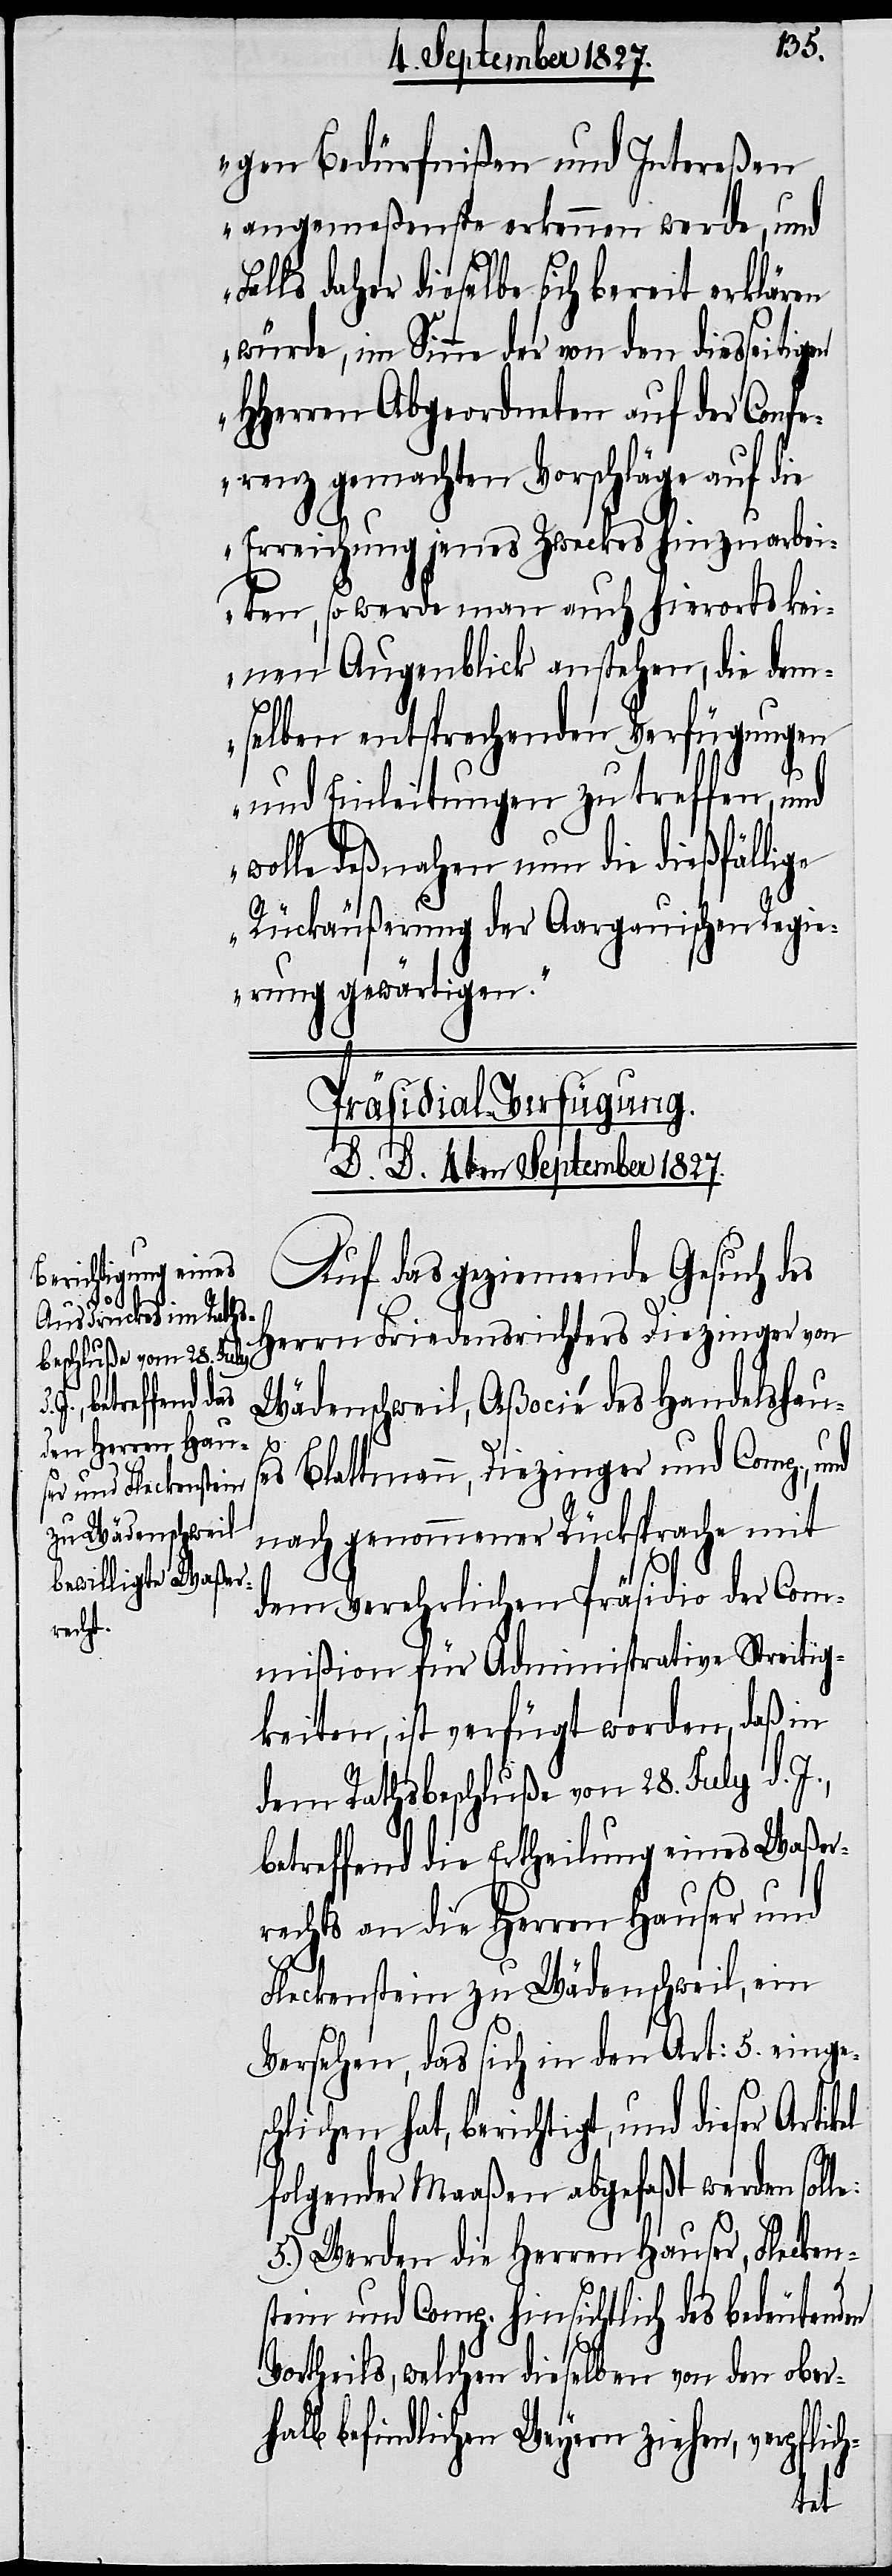
gen Bedürfnißen und Intereßen
angemeßenste erkennen werde, und
alls daher dieselbe sich bereit erklären
würde, im Sinne der von den diesseitigen
HHerren Abgeordneten auf der Confe¬
renz gemachten Vorschläge auf die
Erreichung jenes Zweckes hin zu arbei¬
ten, so werde man auch hierorts kei¬
nen Augenblick anstehen, die dem¬
selben entsprechenden Verfügungen
und Einleitungen zu treffen, und
wolle deßnahen nun die dießfällige
Rückäußerung der Aargauischen Regi¬
erung gewärtigen.
Präsidial-Verfügung.
D. D. 4ten September 1827.
Auf das geziemende Gesuch des
Herrn Friedensrichters Diezinger von
Wädenschweil, Aßocié des Handelshau¬
le:
ses Blattmann, Diezinger und Comp., und
nach genommener Rücksprache mit
dem Verehrlichen Präsidio der Com¬
mißion für Administrative Streitig¬
keiten, ist verfügt worden, daß in
dem Rathsbeschluße von 28. July d. J.,
betreffend die Ertheilung eines Waßer¬
rechts an die Herren Hauser und
Fleckenstein zu Wädenschweil, ein
Versehen, das sich in den Art: 5. eingesc¬
hlichen hat, berichtigt, und dieser
folgender Maaßen abgefaßt werden sol¬
5.) Werden die Herren Hauser, Flecken¬
stein und Comp. hinsichtlich des bedeutenden
Vortheils, welchen dieselben von den ober¬
halb befindlichen Weyern ziehen, verpfli¬
ch-